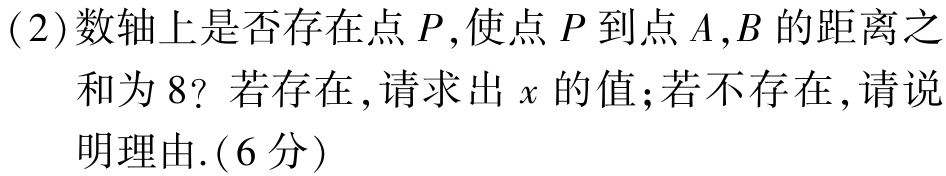
(2)数轴上是否存在点\(P\)，使点\(P\)到点\(A,B\)的距离之

和为\(8\)？若存在，请求出\(x\)的值；若不存在，请说

明理由.(6分)